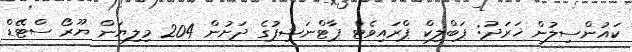
ކައުންސިލުން ޚަރަދު: ޕަބްލިކް ޕްރައިވެޓް ޕާޓްނަޝިޕުގެ ދަށުން 204 މިލިޔަން ޔޫރޯ ސްޓޭޑް